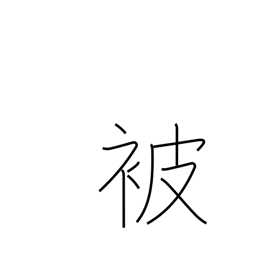
Meaning: receiving